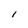
Character: l